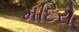
મદિરો